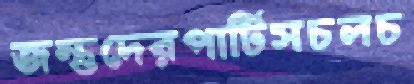
জন্তুদেরপার্টিসচলচ